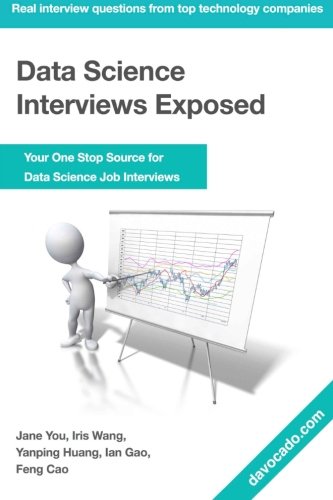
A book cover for Data Science Interviews Exposed; Yanping Huang; Education & Teaching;